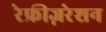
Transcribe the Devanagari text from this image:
रेफ्रीज़रेशन